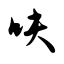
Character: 呋